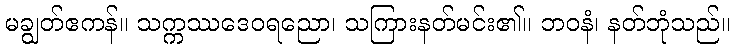
မချွတ်ဧကန်။ သက္ကဿဒေဝရညော၊ သကြားနတ်မင်း၏။ ဘဝနံ၊ နတ်ဘုံသည်။